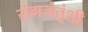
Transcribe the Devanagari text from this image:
रोगजंतूंशी